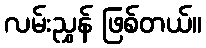
လမ်းညွှန် ဖြစ်တယ်။